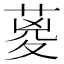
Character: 葼